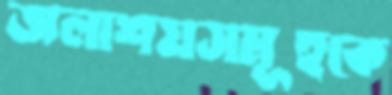
জলাশয়সমূহকে